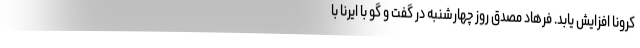
کرونا افزایش یابد. فرهاد مصدق روز چهارشنبه در گفت و گو با ایرنا با